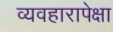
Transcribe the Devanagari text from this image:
व्यवहारापेक्षा